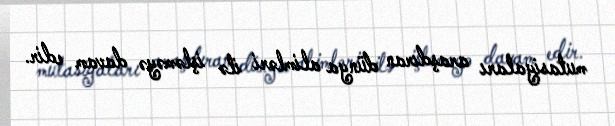
mutasiyaları araşdıran dünya alimləri ilə işləməyə davam edir.